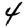
Digit: 4